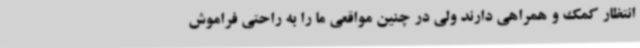
انتظار کمک و همراهی دارند ولی در چنین مواقعی ما را به راحتی فراموش